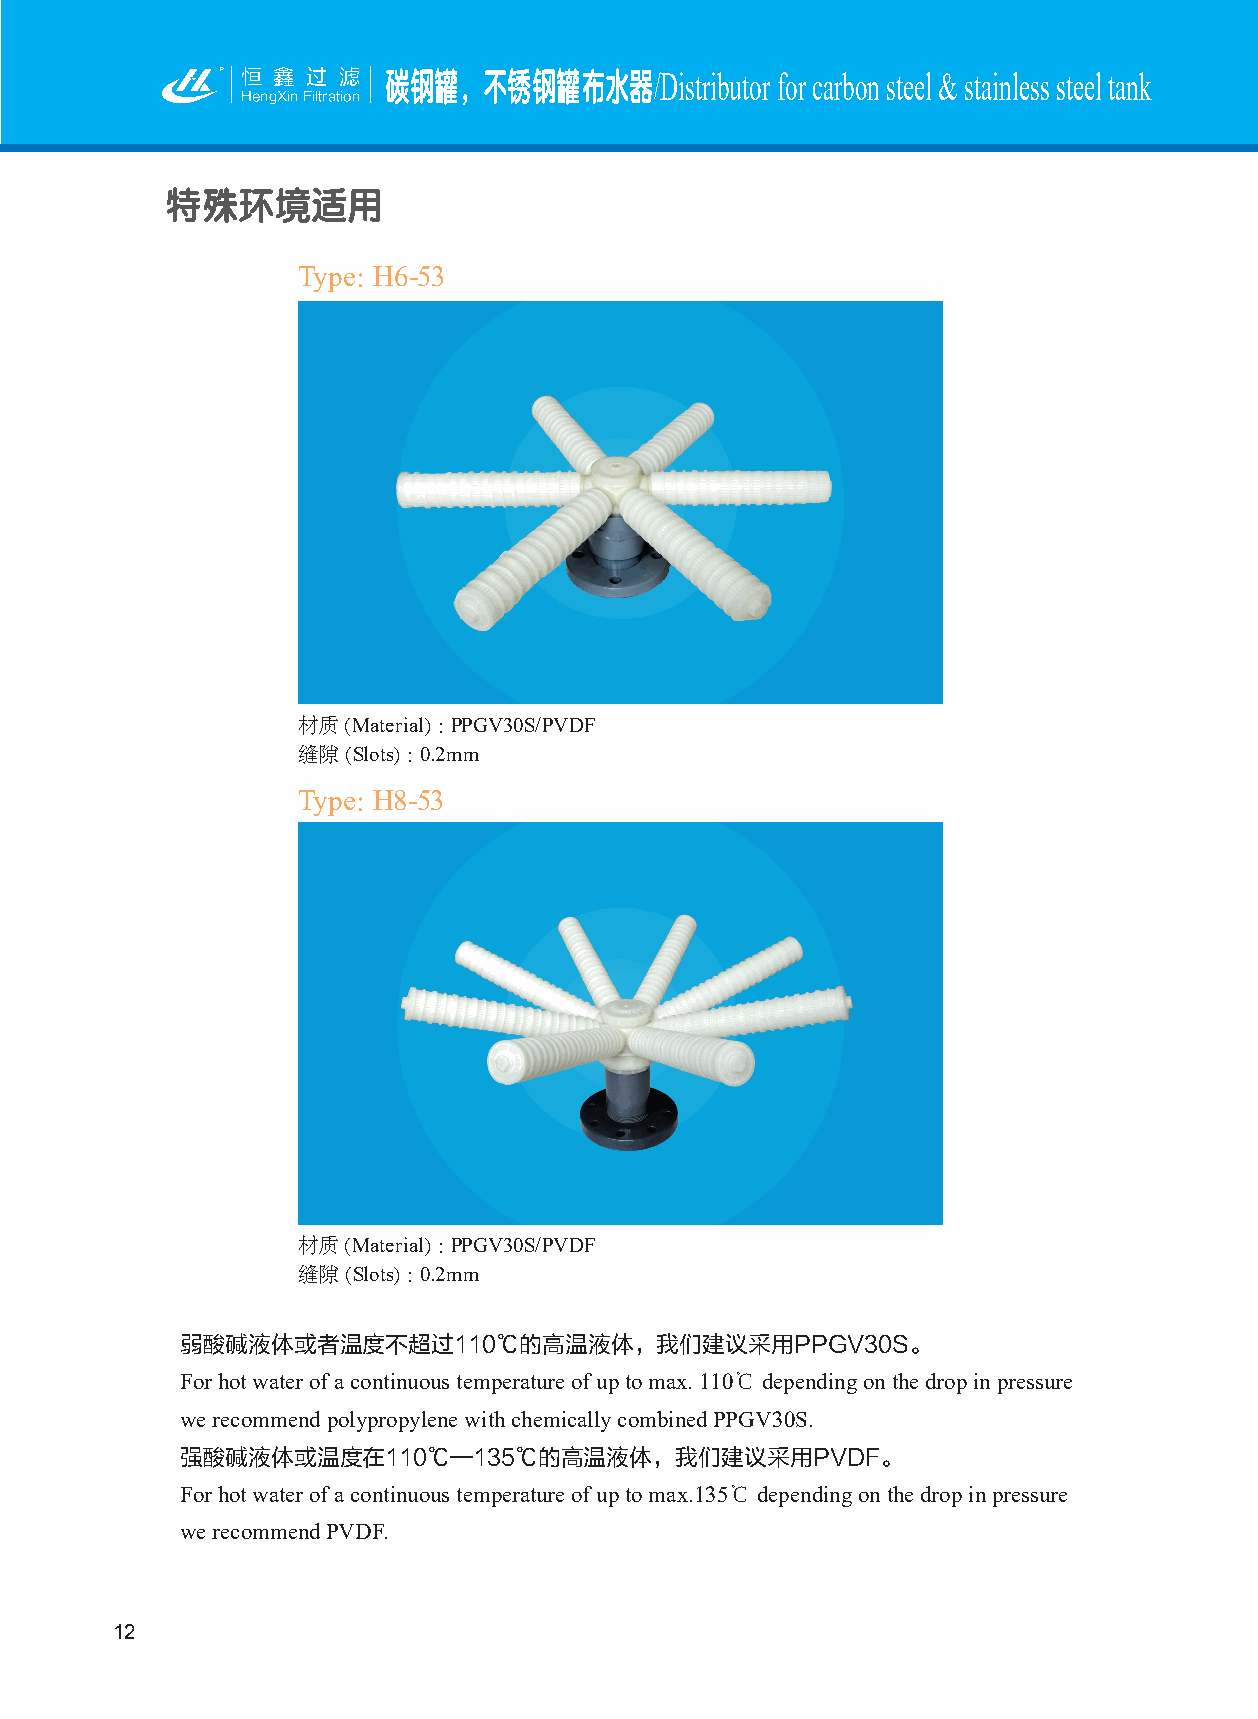
恒 鑫 过 滤   碳钢罐，不锈钢罐布水器/Distributor  for carbon steel & stainless steel tank
 HengXin Filtration
 特殊环境适用
 Type：H6-53
 材质（Material）：PPGV30S/PVDF
 缝隙（Slots）：0.2mm
 Type：H8-53
 材质（Material）：PPGV30S/PVDF
 缝隙（Slots）：0.2mm
 弱酸碱液体或者温度不超过110℃的高温液体，我们建议采用PPGV30S。
 For hot water of a continuous temperature of up to max. 110℃ depending on the drop in pressure
 we recommend polypropylene with chemically combined PPGV30S.
 强酸碱液体或温度在110℃—135℃的高温液体，我们建议采用PVDF。
 For hot water of a continuous temperature of up to max.135℃ depending on the drop in pressure
 we recommend PVDF.
 12